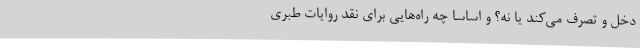
دخل و تصرف می‌کند یا نه؟ و اساسا چه راه‌هایی برای نقد روایات طبری